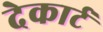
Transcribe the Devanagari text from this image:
देकार्ट